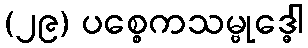
(၂၉) ပစ္စေကသမ္ဗုဒ္ဓေါ